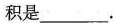
积是___.